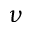
\nu